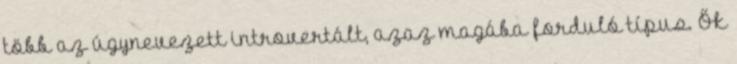
több az úgynevezett introvertált, azaz magába forduló típus. Ők